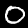
Digit: 0